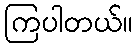
ကြပါတယ်။